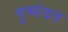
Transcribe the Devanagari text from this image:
पुष्पंदत